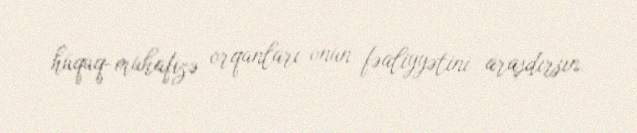
hüquq-mühafizə orqanları onun fəaliyyətini araşdırsın.